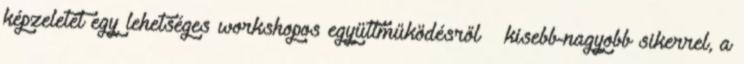
képzeletét egy lehetséges workshopos együttműködésről – kisebb-nagyobb sikerrel, a